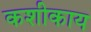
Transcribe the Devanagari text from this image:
कशीकाय